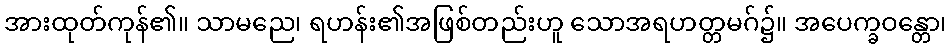
အားထုတ်ကုန်၏။ သာမညေ၊ ရဟန်း၏အဖြစ်တည်းဟူ သောအရဟတ္တမဂ်၌။ အပေက္ခဝန္တော၊